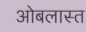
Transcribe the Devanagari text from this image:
ओबलास्त